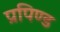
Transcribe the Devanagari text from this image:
प्रपिण्ड